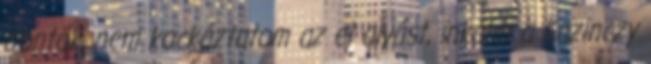
döntök, nem kockáztatom az el alvást, inkább a Kazinczy